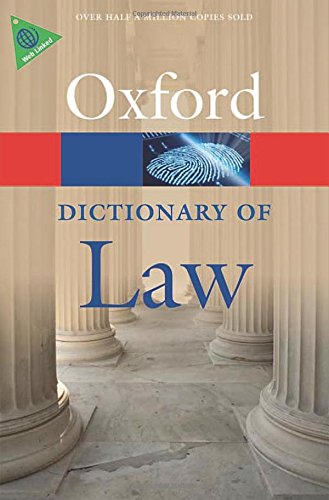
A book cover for A Dictionary of Law (Oxford Quick Reference); Law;